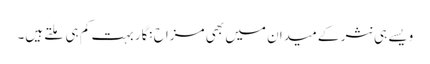
ویسے ہی نثر کے میدان میں بھی مزاح نگار بہت کم ہی مِلتے ہیں۔